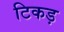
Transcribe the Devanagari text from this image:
टिकड़